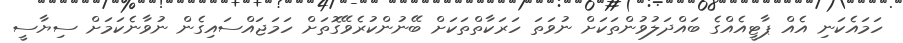
ހަމައެކަނި އެއް ޕާޓީއެއްގެ ބައްދަލުވުންތަކަށް ނުވަތަ ހަރަކާތްތަކަށް ބޭނުންކުރެވޭގޮތަށް ހަމަޖައްސައިގެން ނުވާނެކަމަށް ސިޔާސީ